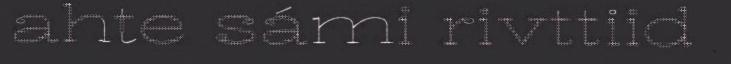
ahte sámi rivttiid